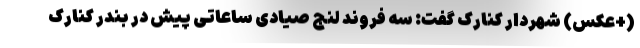
(+عکس) شهردار کنارک گفت: سه فروند لنج صیادی ساعاتی پیش در بندر کنارک